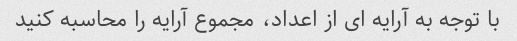
با توجه به آرایه ای از اعداد، مجموع آرایه را محاسبه کنید